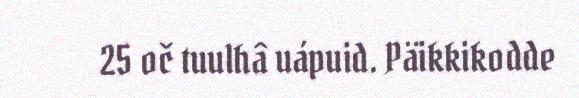
25 oč tuulhâ uápuid. Päikkikodde